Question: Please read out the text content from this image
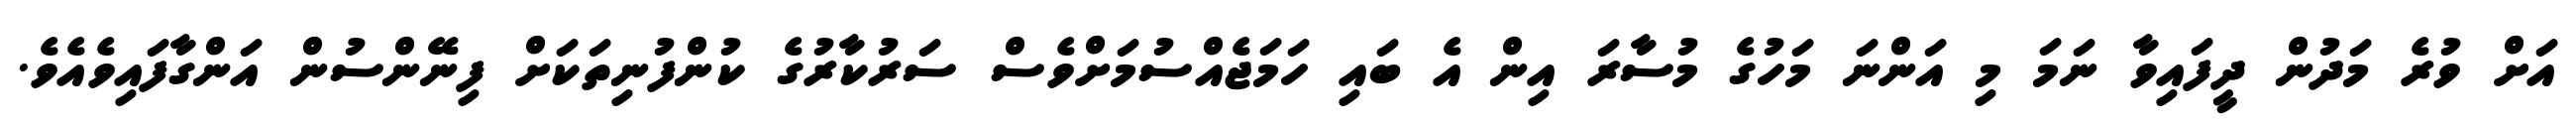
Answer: އަށް ވުރެ މަދުން ދީފައިވާ ނަމަ މި އަންނަ މަހުގެ މުސާރަ އިން އެ ބައި ހަމަޖެއްސުމަށްވެސް ސަރުކާރުގެ ކުންފުނިތަކަށް ފިނޭންސުން އަންގާފައިވެއެވެ.